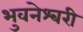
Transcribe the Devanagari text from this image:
भुवनेश्‍वरी